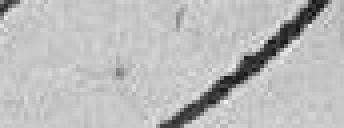
cause d'ignorance.